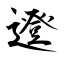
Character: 邆